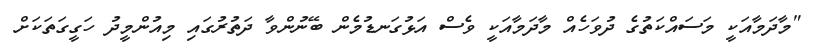
"މާދަމާއަކީ މަސައްކަތުގެ ދުވަހެއް މާދަމާއަކީ ވެސް އަޅުގަނޑުމެން ބޭނުންވާ ދަތުރުގައި މިއުންމީދު ހަގީގަތަކަށް